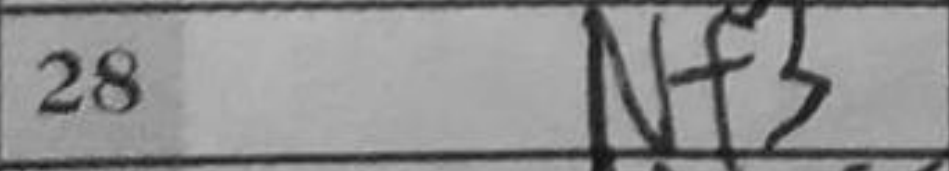
Transcription: Nf3